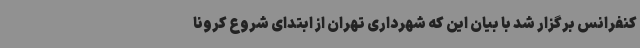
کنفرانس برگزار شد با بیان این که شهرداری تهران از ابتدای شروع کرونا